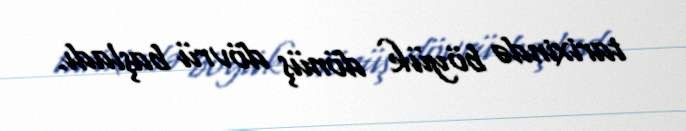
tarixində böyük dönüş dövrü başladı.